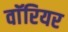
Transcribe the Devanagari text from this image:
वाॅरियर